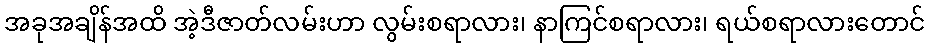
အခုအချိန်အထိ အဲ့ဒီဇာတ်လမ်းဟာ လွမ်းစရာလား၊ နာကြင်စရာလား၊ ရယ်စရာလားတောင်